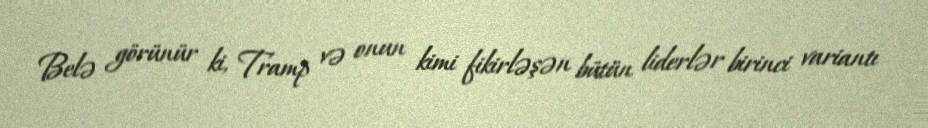
Belə görünür ki, Tramp və onun kimi fikirləşən bütün liderlər birinci variantı